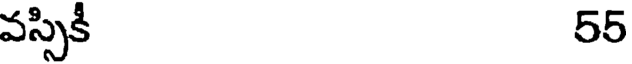
వస్సికీ 55